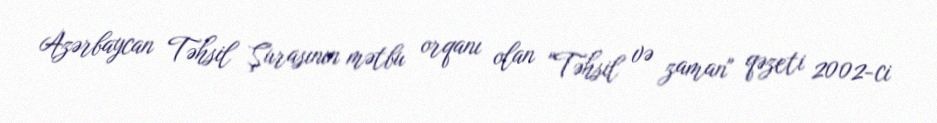
Azərbaycan Təhsil Şurasının mətbu orqanı olan "Təhsil və zaman" qəzeti 2002-ci